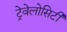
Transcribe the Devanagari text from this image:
ट्रेवेलोसिटी